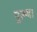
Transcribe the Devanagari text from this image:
पुरूष।